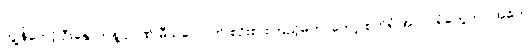
ကျွန်တော့် ဦးနှောက်နဲ့ ဉာဏ် မီသလောက် စဉ်းစားကြည့်မိတာတော့ စက်ရုံ အလုပ်ရုံတွေဟာ အဓိက